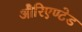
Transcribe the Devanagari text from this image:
औरिएण्टेड